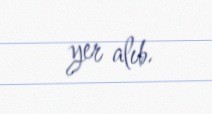
yer alıb.